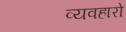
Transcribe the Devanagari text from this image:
व्यवहारो